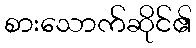
စားသောက်ဆိုင်၏